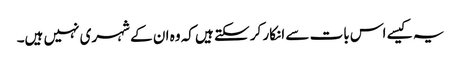
یہ کیسے اس بات سے انکار کر سکتے ہیں کہ وہ ان کے شہری نہیں ہیں۔